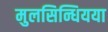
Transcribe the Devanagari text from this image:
मुलसिन्धियया